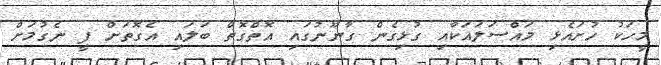
މީހަކު ހުށައެޅި މައްސަލައަކާއި ގުޅިގެން ގާނޫނުގައި އޮތްގޮތް ބަލައި އެގޮތަށް ފީ ނެގުމަށް